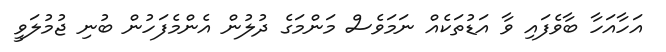
އަހާއަހާ ބާވެފައި ވާ އަޑުތަކެއް ނަމަވެސް މަންމަގެ ދުލުން އެންމެފަހުން ބުނި ޖުމުލަވީ